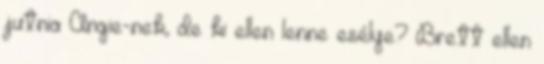
jutnia Angie-nek, de ki ellen lenne esélye? Brett ellen